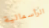
الرأسمالية